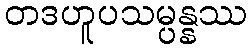
တဒဟူပသမ္ပန္နဿ